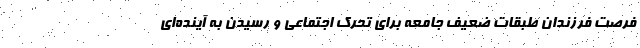
فرصت فرزندان طبقات ضعیف جامعه برای تحرک اجتماعی و رسیدن به آینده‌ای